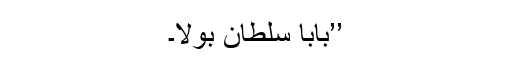
’’بابا سلطان بولا۔